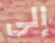
إلى